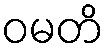
ဝမတိ